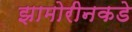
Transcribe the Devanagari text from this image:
झामोरीनकडे